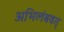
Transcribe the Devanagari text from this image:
अभिलंबवत्